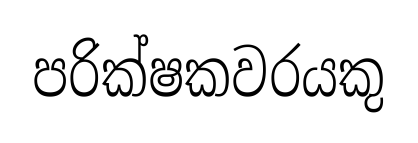
පරික්ෂකවරයකු